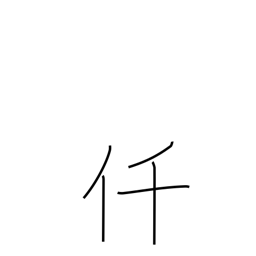
Meaning: thousand